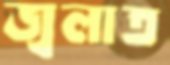
জ্বলাত